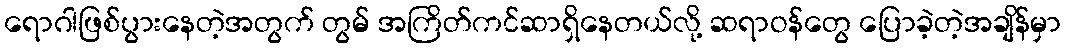
ရောဂါဖြစ်ပွားနေတဲ့အတွက် တွမ် အကြိတ်ကင်ဆာရှိနေတယ်လို့ ဆရာဝန်တွေ ပြောခဲ့တဲ့အချိန်မှာ